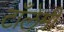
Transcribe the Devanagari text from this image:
टाँलेमी